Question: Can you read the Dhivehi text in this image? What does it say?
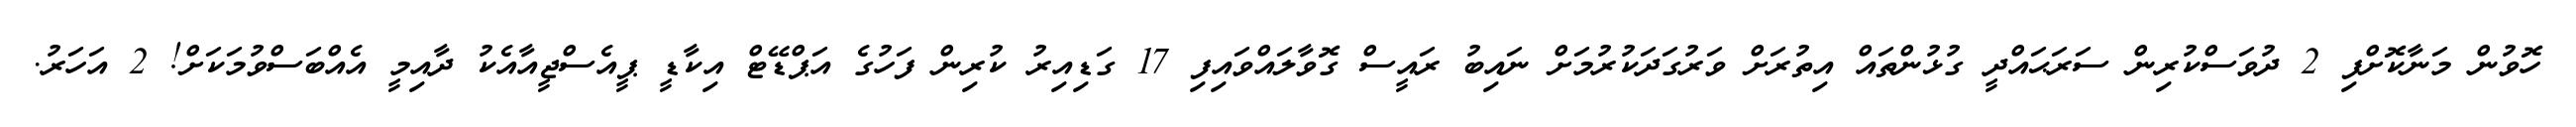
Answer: ހޮވުން މަނާކޮށްފި 2 ދުވަސްކުރިން ސަރަޙައްދީ ގުޅުންތައް އިތުރަށް ވަރުގަދަކުރުމަށް ނައިބު ރައީސް ގޮވާލައްވައިފި 17 ގަޑިއިރު ކުރިން ފަހުގެ އަޕްޑޭޓް އިކާޑީ ޕީއެސްޖީއާއެކު ދާއިމީ އެއްބަސްވުމަކަށް! 2 އަހަރު.